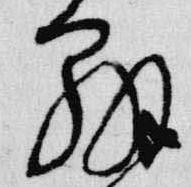
弁